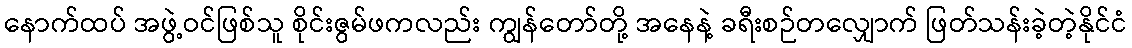
နောက်ထပ် အဖွဲ့ဝင်ဖြစ်သူ စိုင်းဇွမ်ဖကလည်း ကျွန်တော်တို့ အနေနဲ့ ခရီးစဉ်တလျှောက် ဖြတ်သန်းခဲ့တဲ့နိုင်ငံ